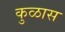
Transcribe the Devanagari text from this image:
कुळास